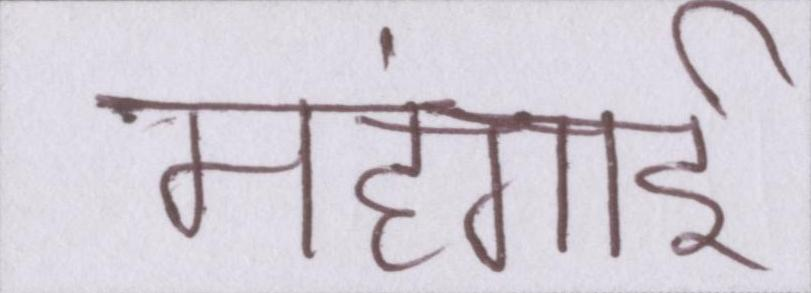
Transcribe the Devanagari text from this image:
महंगार्इ